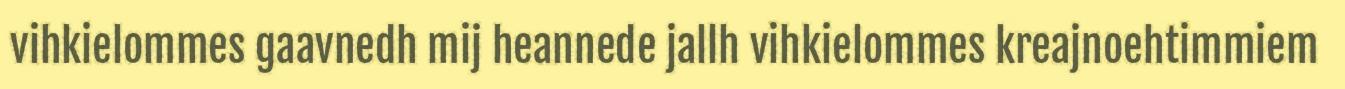
vihkielommes gaavnedh mij heannede jallh vihkielommes kreajnoehtimmiem